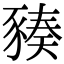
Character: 𧱪